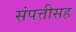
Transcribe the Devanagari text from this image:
संपत्तीसह